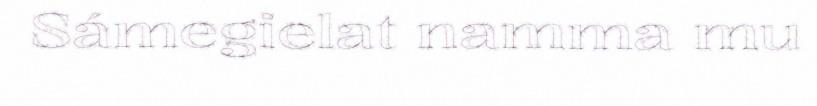
Sámegielat namma mu